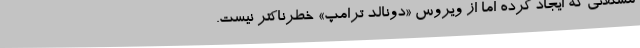
مشکلاتی که ایجاد کرده اما از ویروس «دونالد ترامپ» خطرناکتر نیست.